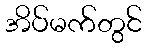
အိပ်မက်တွင်